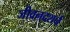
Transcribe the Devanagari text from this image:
जीवनदशर्न